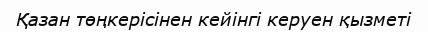
Қазан төңкерісінен кейінгі керуен қызметі